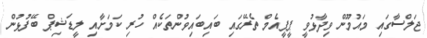
ޖަލްސާގައި މައުމޫން ވިދާޅުވީ ޕީޕީއެމް ތެރޭގައި ބައިބައިވުންތަކެއް ހުރި ކަމަށާއި ލީޑަޝިޕް ބޭފުޅުން